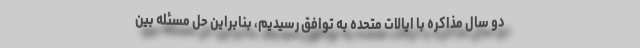
دو سال مذاکره با ایالات متحده به توافق رسیدیم، بنابراین حل مسئله بین